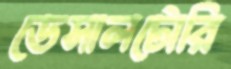
ডেসালটোরি